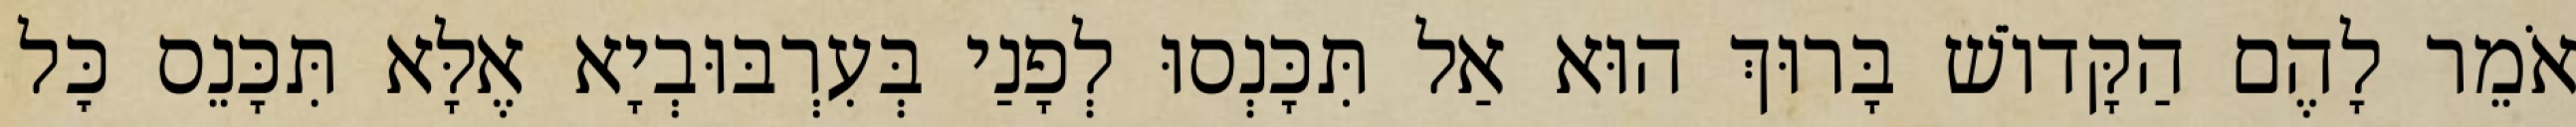
אֹמֵר לָהֶם הַקָּדוֹשׁ בָּרוּךְ הוּא אַל תִּכָּנְסוּ לְפָנַי בְּעִרְבּוּבְיָא אֶלָּא תִּכָּנֵס כׇּל